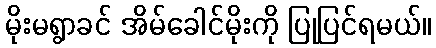
မိုးမရွာခင် အိမ်ခေါင်မိုးကို ပြုပြင်ရမယ်။